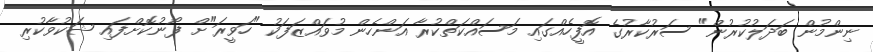
ނިންމުން ބަދަލުކުރުން" ސަރުކާރުގެ އޮފީހެއްގައި މަސައްކަތްކުރާ އަންހެން މުވައްޒަފަކު "ހަވީރަ"ށް ފޯނުކޮށްފައި ޝަކުވާކުރި